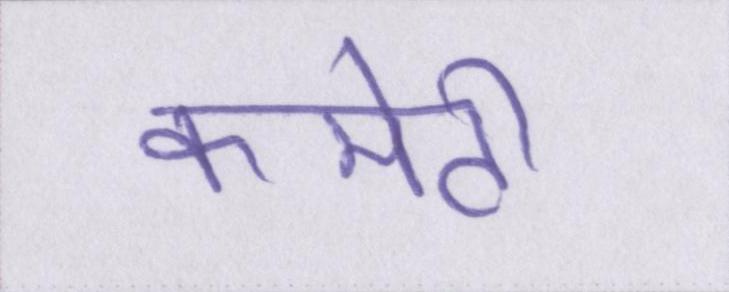
कमेटी